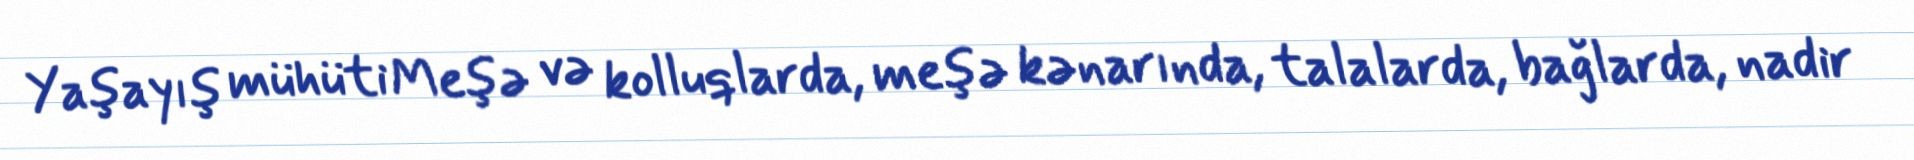
Yaşayış mühüti Meşə və kolluqlarda, meşə kənarında, talalarda, bağlarda, nadir